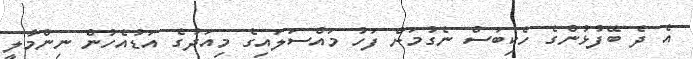
އެ ދެ ބޭފުޅުންގެ ހެކިބަސް ނެގުމަށް ފަހު މައްސަލައިގެ މިއަދުގެ އަޑުއެހުން ނިންމާލީ